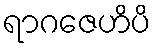
ရာဂဇေဟိပိ